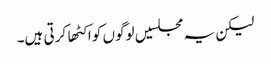
لیکن یہ مجلسیں لوگوں کو اکٹها کرتی ہیں۔